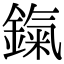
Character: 鎎